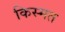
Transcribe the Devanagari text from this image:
किस्‍मत